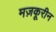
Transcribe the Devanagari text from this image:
मज़कूरीन